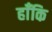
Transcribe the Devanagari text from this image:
हाँकि